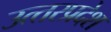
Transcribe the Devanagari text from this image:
उत्‍तरप्रदेश